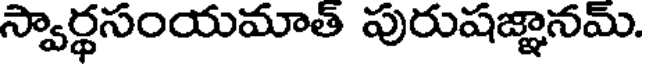
స్వార్థసంయమాతి పురుషజ్ఞానమ్.